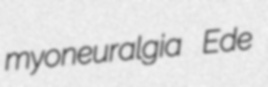
myoneuralgia Ede